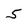
Character: 5